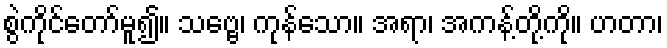
စွဲကိုင်တော်မူ၍။ သဗ္ဗေ၊ ကုန်သော။ အရာ၊ အကန့်တို့ကို။ ဟတာ၊